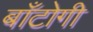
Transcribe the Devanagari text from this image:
बाँटोगी